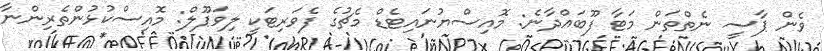
ވެން ޕާސީ ނެތްތަން މަޓާ ފޫބައްދާނެ: މޮއިސްޔުނައިޓެޑް މެޗުގެ ފެވަރިޓަކީ ލިވަޕޫލް: މޮއިސްކުޅުންތެރިންނާ